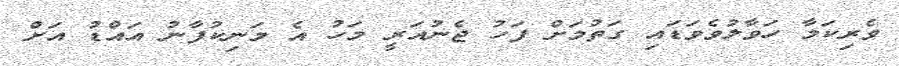
ވެރިކަމާ ހަވާލުވެވަޑައި ގަތުމަށް ފަހު ޖެނުއަރީ މަހު އެ މަނިކުފާނު އައްޑު އަށް